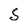
Character: s